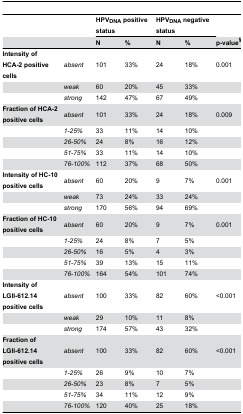
<table><thead><tr><td></td><td></td><td colspan="2"><b>HPV<sub>DNA</sub> positive status</b></td><td colspan="2"><b>HPV<sub>DNA</sub> negative status</b></td><td></td></tr><tr><td></td><td></td><td><b>N</b></td><td><b>%</b></td><td><b>N</b></td><td><b>%</b></td><td><b>p-value<sup>§</sup></b></td></tr></thead><tbody><tr><td><b>Intensity of HCA-2 positive cells</b></td><td><i>absent</i></td><td>101</td><td>33%</td><td>24</td><td>18%</td><td>0.001</td></tr><tr><td></td><td><i>weak</i></td><td>60</td><td>20%</td><td>45</td><td>33%</td><td></td></tr><tr><td></td><td><i>strong</i></td><td>142</td><td>47%</td><td>67</td><td>49%</td><td></td></tr><tr><td><b>Fraction of HCA-2 positive cells</b></td><td><i>absent</i></td><td>101</td><td>33%</td><td>24</td><td>18%</td><td>0.009</td></tr><tr><td></td><td><i>1-25%</i></td><td>33</td><td>11%</td><td>14</td><td>10%</td><td></td></tr><tr><td></td><td><i>26-50%</i></td><td>24</td><td>8%</td><td>16</td><td>12%</td><td></td></tr><tr><td></td><td><i>51-75%</i></td><td>33</td><td>11%</td><td>14</td><td>10%</td><td></td></tr><tr><td></td><td><i>76-100%</i></td><td>112</td><td>37%</td><td>68</td><td>50%</td><td></td></tr><tr><td><b>Intensity of HC-10 positive cells</b></td><td><i>absent</i></td><td>60</td><td>20%</td><td>9</td><td>7%</td><td>0.001</td></tr><tr><td></td><td><i>weak</i></td><td>73</td><td>24%</td><td>33</td><td>24%</td><td></td></tr><tr><td></td><td><i>strong</i></td><td>170</td><td>56%</td><td>94</td><td>69%</td><td></td></tr><tr><td><b>Fraction of HC-10 positive cells</b></td><td><i>absent</i></td><td>60</td><td>20%</td><td>9</td><td>7%</td><td>0.001</td></tr><tr><td></td><td><i>1-25%</i></td><td>24</td><td>8%</td><td>7</td><td>5%</td><td></td></tr><tr><td></td><td><i>26-50%</i></td><td>16</td><td>5%</td><td>4</td><td>3%</td><td></td></tr><tr><td></td><td><i>51-75%</i></td><td>39</td><td>13%</td><td>15</td><td>11%</td><td></td></tr><tr><td></td><td><i>76-100%</i></td><td>164</td><td>54%</td><td>101</td><td>74%</td><td></td></tr><tr><td><b>Intensity of LGII-612.14 positive cells</b></td><td><i>absent</i></td><td>100</td><td>33%</td><td>82</td><td>60%</td><td>&lt;0.001</td></tr><tr><td></td><td><i>weak</i></td><td>29</td><td>10%</td><td>11</td><td>8%</td><td></td></tr><tr><td></td><td><i>strong</i></td><td>174</td><td>57%</td><td>43</td><td>32%</td><td></td></tr><tr><td><b>Fraction of LGII-612.14 positive cells</b></td><td><i>absent</i></td><td>100</td><td>33%</td><td>82</td><td>60%</td><td>&lt;0.001</td></tr><tr><td></td><td><i>1-25%</i></td><td>26</td><td>9%</td><td>10</td><td>7%</td><td></td></tr><tr><td></td><td><i>26-50%</i></td><td>23</td><td>8%</td><td>7</td><td>5%</td><td></td></tr><tr><td></td><td><i>51-75%</i></td><td>34</td><td>11%</td><td>12</td><td>9%</td><td></td></tr><tr><td></td><td><i>76-100%</i></td><td>120</td><td>40%</td><td>25</td><td>18%</td><td></td></tr></tbody></table>